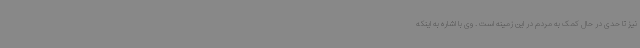
نیز تا حدی در حال کمک به مردم در این زمینه است . وی با اشاره به اینکه